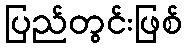
ပြည်တွင်းဖြစ်